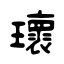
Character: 瓌